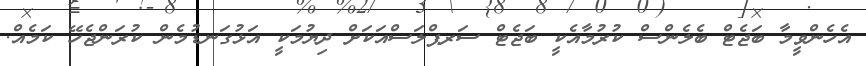
އެހެންވީމާ ބަޖެޓް ބެލެންސް ކުރުމާއެކީ ބަޖެޓް ސަރޕްލަސްއަކަށް ދިޔުމަކީ އަޅުގަނޑުމެން ކުރަންޖެހޭ ކަމެއް.